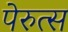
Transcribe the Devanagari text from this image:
पेरुत्स